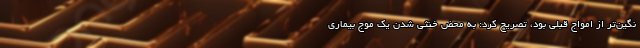
نگین‌تر از امواج قبلی بود، تصریح کرد: به محض خنثی شدن یک موج بیماری